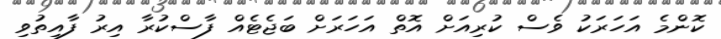
ކޮންމެ އަހަރަކު ވެސް ކުރިއަށް އޮތް އަހަރަށް ބަޖެޓެއް ފާސްކުރާ އިރު ފާއިތުވި